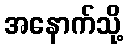
အနောက်သို့